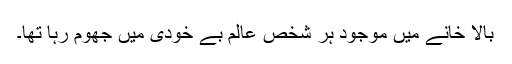
بالا خانے میں موجود ہر شخص عالم بے خودی میں جھوم رہا تھا۔